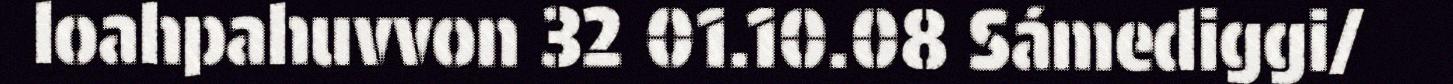
loahpahuvvon 32 01.10.08 Sámediggi/